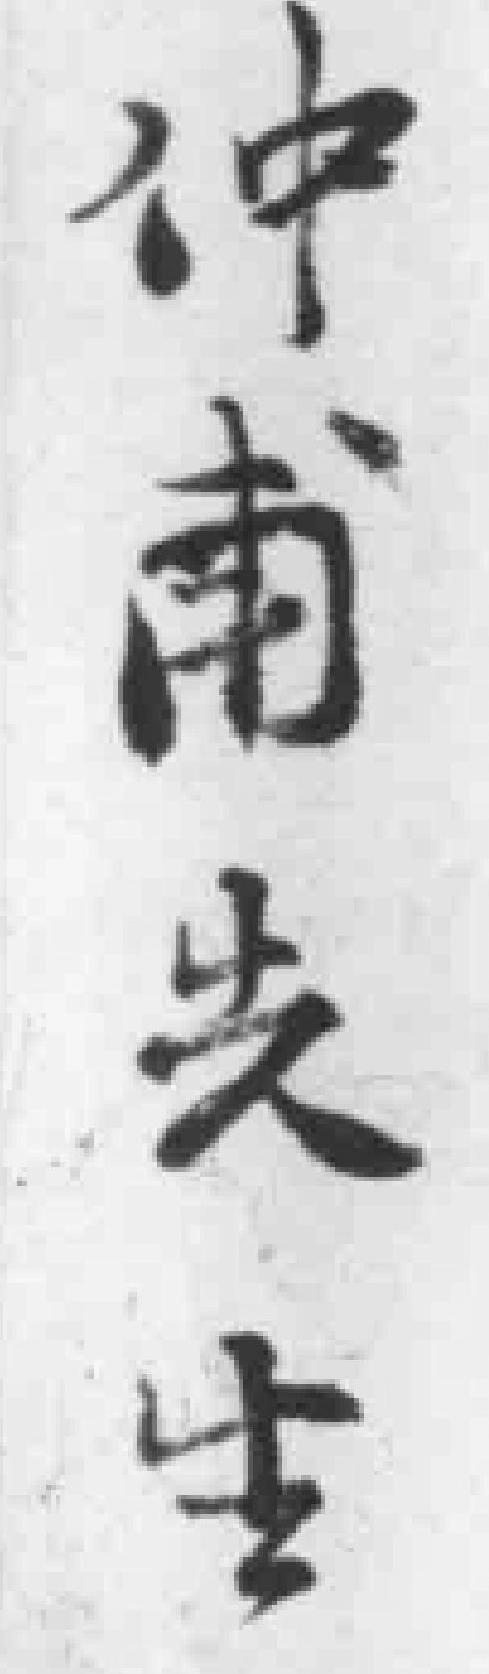
仲甫先生